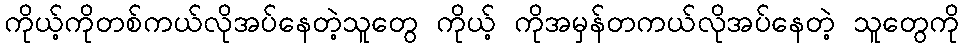
ကိုယ့်ကိုတစ်ကယ်လိုအပ်နေတဲ့သူတွေ ကိုယ့် ကိုအမှန်တကယ်လိုအပ်နေတဲ့ သူတွေကို